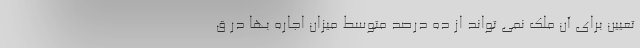
تعیین برای آن ملک نمی تواند از ده درصد متوسط میزان اجاره بها در ق